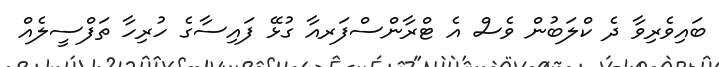
ބައިވެރިވާ ދެ ކްލަބުން ވެސް އެ ޓްރާންސްފަރއާ ގުޅޭ ފައިސާގެ ހުރިހާ ތަފްސީލެއް